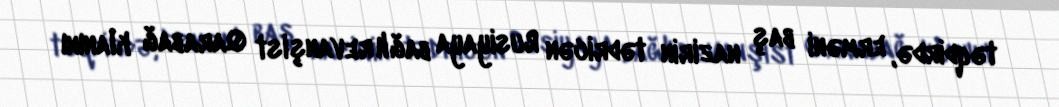
təqdirdə, erməni baş nazirin tədricən Rusiyaya bağlı revanşist Qarabağ klanını